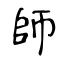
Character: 帥